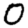
Digit: 0